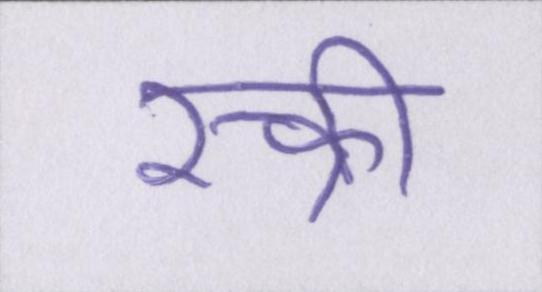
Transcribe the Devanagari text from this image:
स्क्री